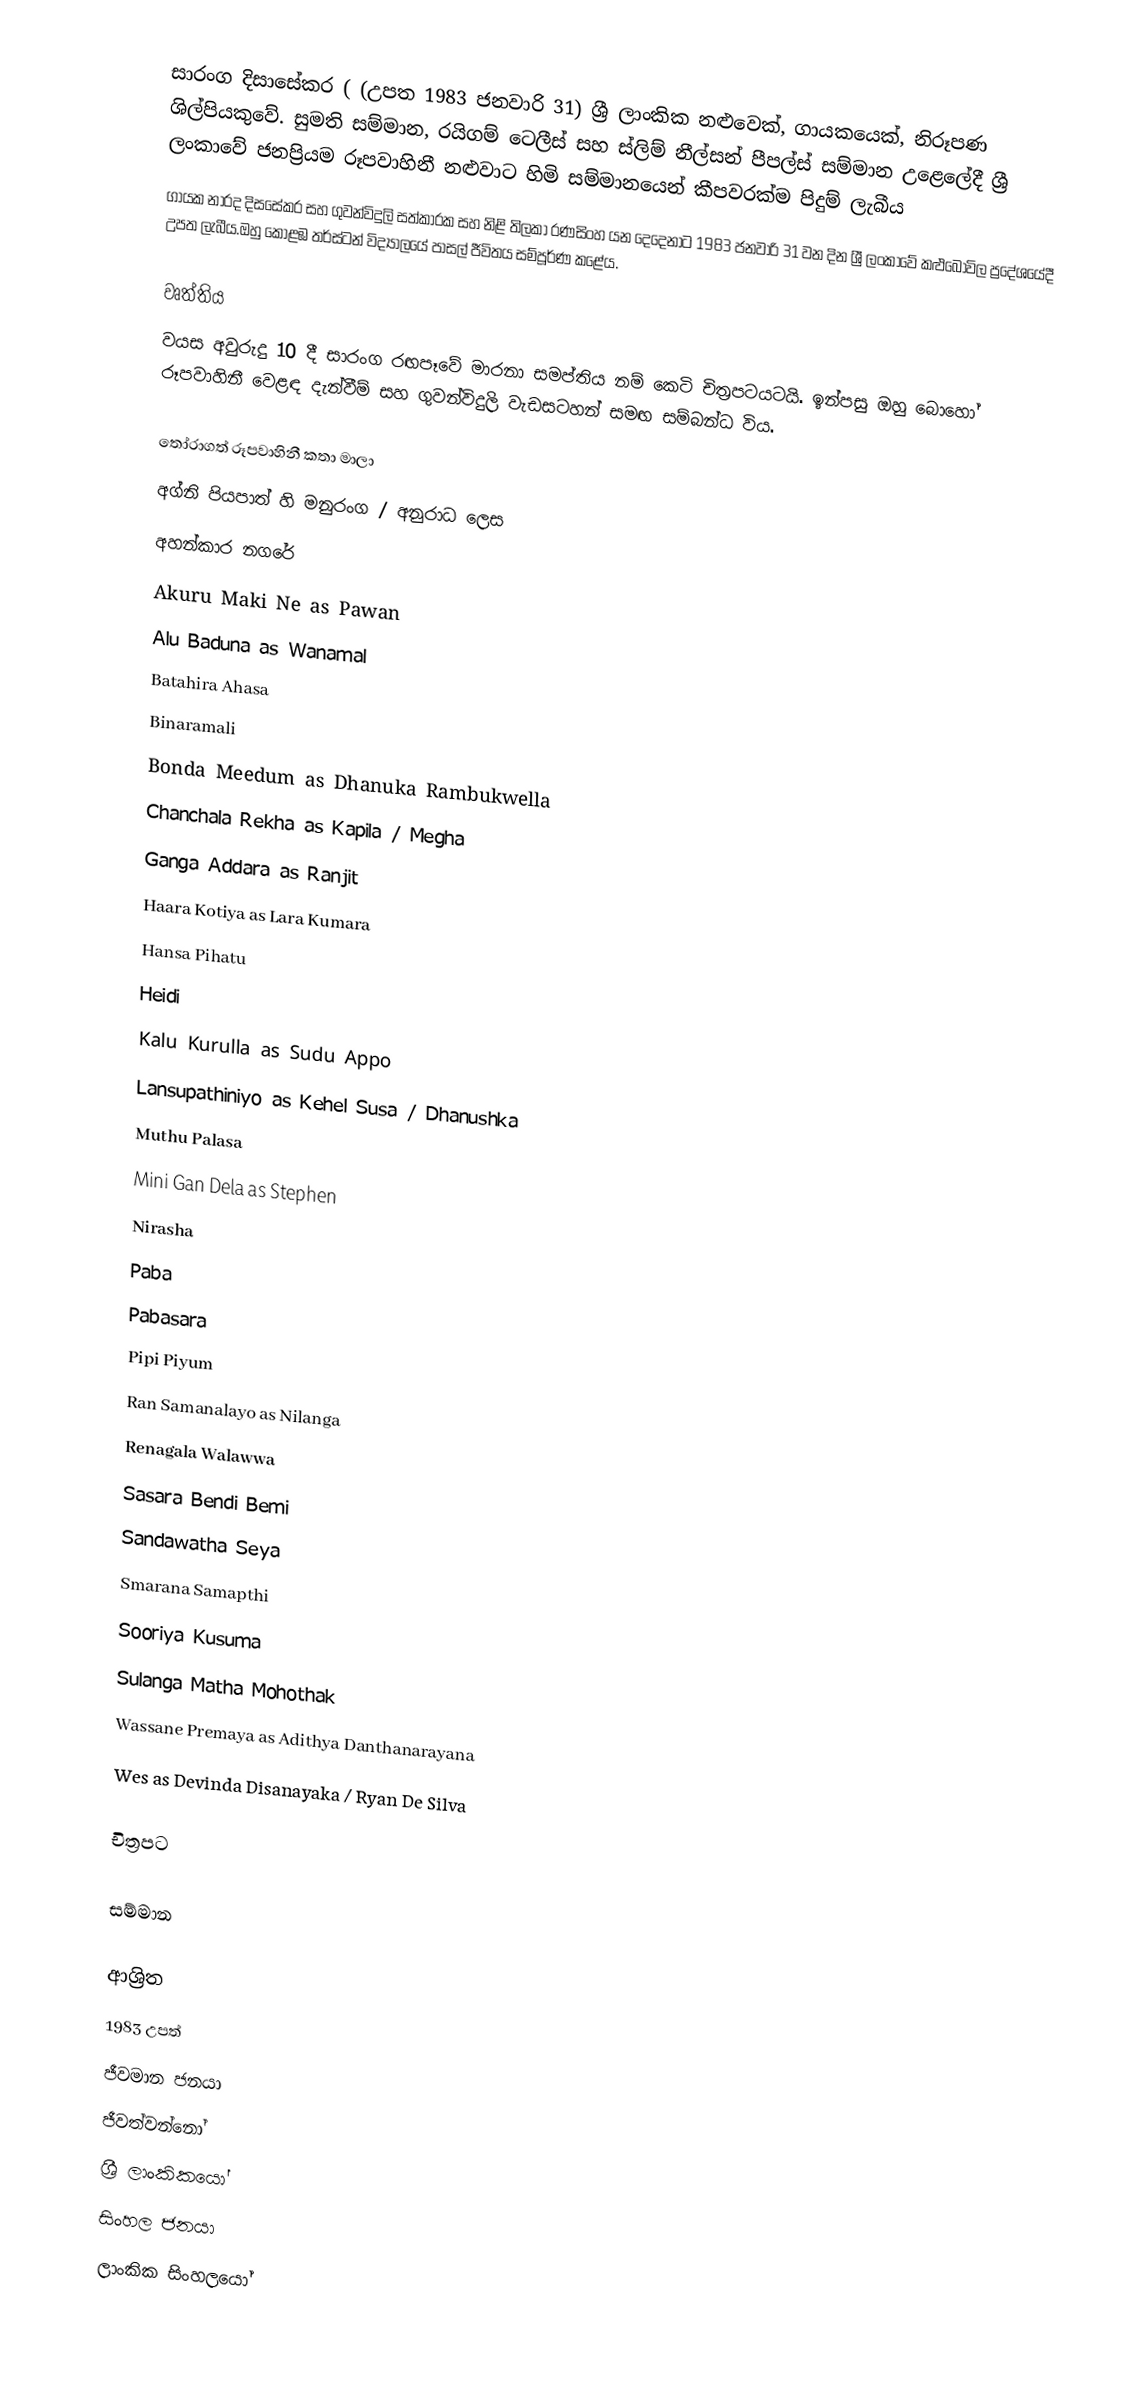
සාරංග දිසාසේකර ( (උපත 1983 ජනවාරි 31) ශ්‍රී ලාංකික නළුවෙක්, ගායකයෙක්, නිරූපණ ශිල්පියකුවේ. සුමති සම්මාන, රයිගම් ටෙලීස් සහ ස්ලිම් නීල්සන් පීපල්ස් සම්මාන උළෙලේදී ශ්‍රී ලංකාවේ ජනප්‍රියම රූපවාහිනී නළුවාට හිමි සම්මානයෙන් කීපවරක්ම පිදුම් ලැබීය
ගායක නාරද දිසසේකර සහ ගුවන්විදුලි සත්කාරක සහ නිළි තිලකා රණසිංහ යන දෙදෙනාට 1983 ජනවාරි 31 වන දින ශ්‍රී ලංකාවේ කළුබොවිල ප්‍රදේශයේදී උපත ලැබීය.ඔහු කොළඹ තර්ස්ටන් විද්‍යාලයේ පාසල් ජීවිතය සම්පූර්ණ කළේය.

වෘත්තිය
වයස අවුරුදු 10 දී සාරංග රඟපෑවේ මාරනා සමප්තිය නම් කෙටි චිත්‍රපටයටයි. ඉන්පසු ඔහු බොහෝ රූපවාහිනී වෙළඳ දැන්වීම් සහ ගුවන්විදුලි වැඩසටහන් සමඟ සම්බන්ධ විය.

තෝරාගත් රූපවාහිනී කතා මාලා
 අග්නි පියපාත් හි මනුරංග / අනුරාධ ලෙස
 අහන්කාර නගරේ
 Akuru Maki Ne as Pawan
 Alu Baduna as Wanamal
 Batahira Ahasa
 Binaramali
 Bonda Meedum as Dhanuka Rambukwella
 Chanchala Rekha as Kapila / Megha
 Ganga Addara as Ranjit
 Haara Kotiya as Lara Kumara
 Hansa Pihatu
 Heidi
 Kalu Kurulla as Sudu Appo
 Lansupathiniyo as Kehel Susa / Dhanushka
 Muthu Palasa
 Mini Gan Dela as Stephen
 Nirasha
 Paba
 Pabasara
 Pipi Piyum
 Ran Samanalayo as Nilanga
 Renagala Walawwa
 Sasara Bendi Bemi
 Sandawatha Seya
 Smarana Samapthi
 Sooriya Kusuma
 Sulanga Matha Mohothak
 Wassane Premaya as Adithya Danthanarayana
 Wes as Devinda Disanayaka / Ryan De Silva

චිත්‍රපට

සම්මාන

ආශ්‍රිත
1983 උපත්
ජීවමාන ජනයා
ජීවත්වන්නෝ
ශ්‍රී ලාංකිකයෝ
සිංහල ජනයා
ලාංකික සිංහලයෝ